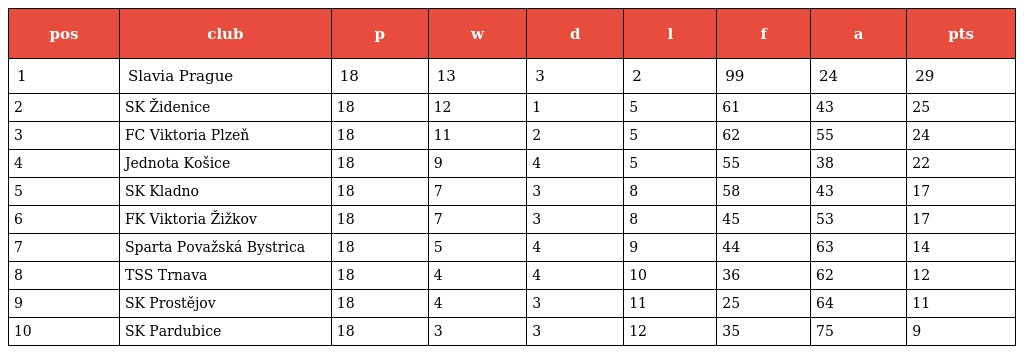
| pos | club | p | w | d | l | f | a | pts |
 | --- | --- | --- | --- | --- | --- | --- | --- | --- |
 | 1 | Slavia Prague | 18 | 13 | 3 | 2 | 99 | 24 | 29 |
 | 2 | SK Židenice | 18 | 12 | 1 | 5 | 61 | 43 | 25 |
 | 3 | FC Viktoria Plzeň | 18 | 11 | 2 | 5 | 62 | 55 | 24 |
 | 4 | Jednota Košice | 18 | 9 | 4 | 5 | 55 | 38 | 22 |
 | 5 | SK Kladno | 18 | 7 | 3 | 8 | 58 | 43 | 17 |
 | 6 | FK Viktoria Žižkov | 18 | 7 | 3 | 8 | 45 | 53 | 17 |
 | 7 | Sparta Považská Bystrica | 18 | 5 | 4 | 9 | 44 | 63 | 14 |
 | 8 | TSS Trnava | 18 | 4 | 4 | 10 | 36 | 62 | 12 |
 | 9 | SK Prostějov | 18 | 4 | 3 | 11 | 25 | 64 | 11 |
 | 10 | SK Pardubice | 18 | 3 | 3 | 12 | 35 | 75 | 9 |